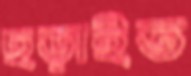
ছড়াইত